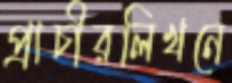
প্রাচীরলিখনে